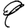
Digit: 9